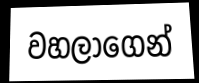
වහලාගෙන්